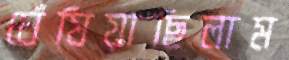
ঘেঁষিয়াছিলাম